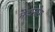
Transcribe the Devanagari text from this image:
मेट्रोनोम